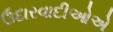
ઉદારવાદીઓએ